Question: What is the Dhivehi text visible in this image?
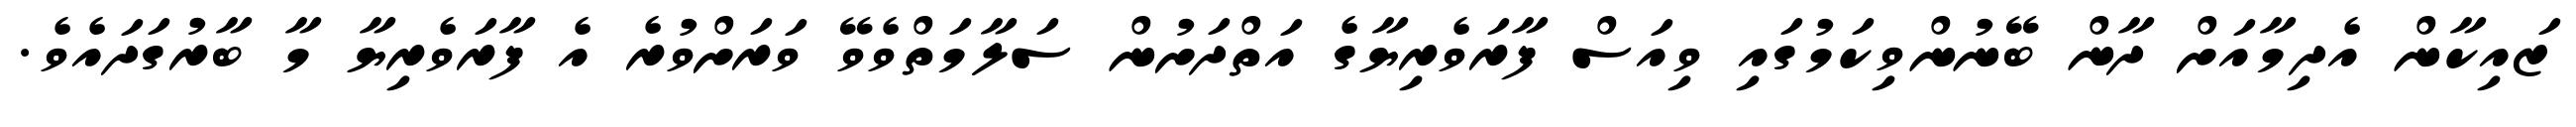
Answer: ޒައިކާން އެދިމާއަށް ދާން ބޭނުންވިކަމުގައި ވިއަސް ފާރަވެރިޔާގެ އަތްދަށުން ސަލާމަތްވެވޭ ވަރަށްވުރެ އެ ފާރަވެރިޔާ މާ ބާރުގަދައެވެ.